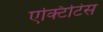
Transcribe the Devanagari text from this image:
एक्टिटिस